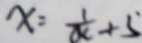
x = \frac { 1 } { x } + 5